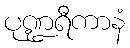
ပုဏ္ဍရီကာနံ